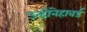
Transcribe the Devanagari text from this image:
उन्होंनेहावर्ड